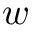
w